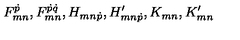
F _ { m n } ^ { \dot { p } } , F _ { m n } ^ { \dot { p } \dot { q } } , H _ { m n \dot { p } } , H _ { m n \dot { p } } ^ { \prime } , K _ { m n } , K _ { m n } ^ { \prime }